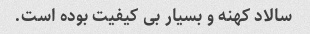
سالاد کهنه و بسیار بی کیفیت بوده است.